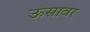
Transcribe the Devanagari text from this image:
ऊसावर